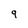
Character: q